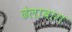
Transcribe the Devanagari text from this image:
ढेलाबाग